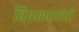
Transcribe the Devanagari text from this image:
विषमावयवो